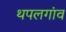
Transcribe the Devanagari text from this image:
थपलगांव